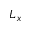
L _ { x }